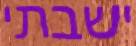
ישבתי